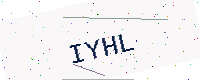
Text: IYHL